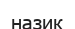
назик